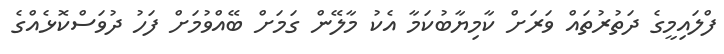
ފްލައިމީގެ ދަތުރުތައް ވަރަށް ކާމިޔާބުކަމާ އެކު މާލޭން ގަމަށް ބޭއްވުމަށް ފަހު ދުވަސްކޮޅެއްގެ